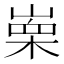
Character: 𭪼